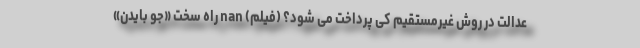
عدالت در روش غیرمستقیم کی پرداخت می شود؟ (فیلم) nan راه سخت «جو بایدن»